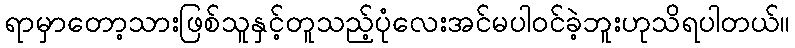
ရာမှာတော့သားဖြစ်သူနှင့်တူသည့်ပုံလေးအင်မပါဝင်ခဲ့ဘူးဟုသိရပါတယ်။